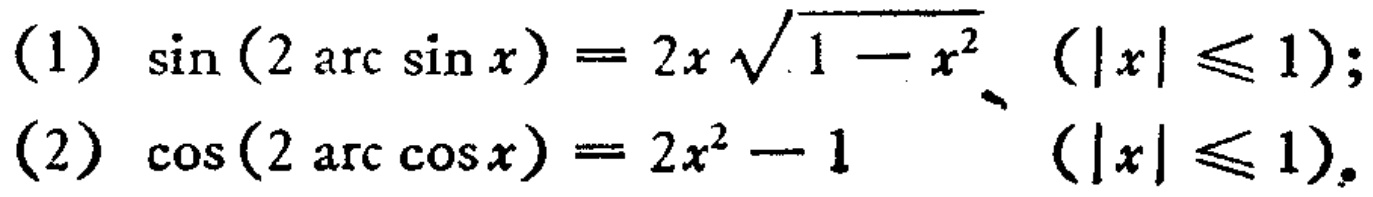
(1) \(\sin(2\arcsin x)=2x\sqrt{1 - x^{2}}\ (\vert x\vert\leqslant1)\);
(2) \(\cos(2\arccos x)=2x^{2}-1\ (\vert x\vert\leqslant1)\)